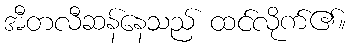
အီတလီဆန်နေသည် ထင်လိုက်၏။